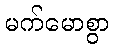
မက်မောစွာ